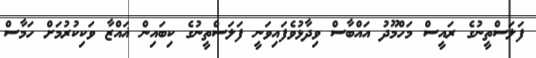
ފަލަސްތީނުގެ ރައީސް މަހްމޫދު އައްބާސް ވިދާޅުވެފައިވަނީ ފަލަސްތީނުގެ ކިބައިން ޣައްޒާ ވަކިކުރުމަށް ހަމާސް